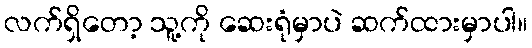
လက်ရှိတော့ သူ့ကို ဆေးရုံမှာပဲ ဆက်ထားမှာပါ။